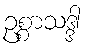
ဥစ္စာသဒ္ဒါ